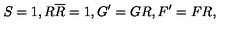
S = 1 , R \overline { { R } } = 1 , G ^ { \prime } = G R , F ^ { \prime } = F R ,